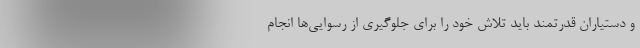
و دستیاران قدرتمند باید تلاش خود را برای جلوگیری از رسوایی‌ها انجام